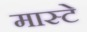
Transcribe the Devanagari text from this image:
मास्टे